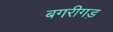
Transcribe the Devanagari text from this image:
बगरीगड़